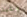
وعيد